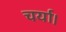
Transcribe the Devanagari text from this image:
चर्या।